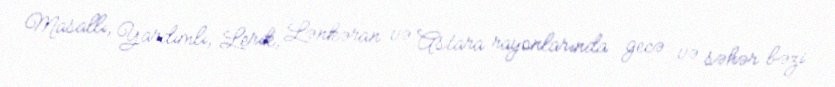
Masallı, Yardımlı, Lerik, Lənkəran və Astara rayonlarında gecə və səhər bəzi